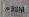
bsnl